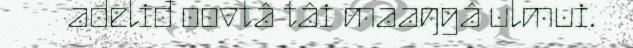
adeliđ oovtâ tâi maaŋgâ ulmui.